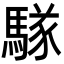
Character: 𮪑